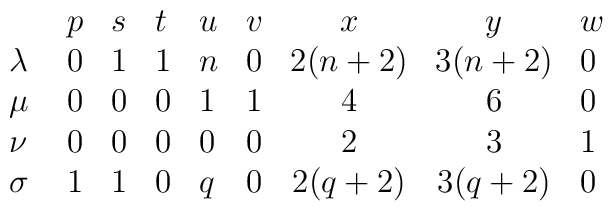
\begin{array}{llllllccl}           & p & s & t & u & v & x      & y      & w \\\lambda\   & 0 & 1 & 1 & n & 0 & 2(n+2) & 3(n+2) & 0 \\\mu\       & 0 & 0 & 0 & 1 & 1 & 4      &   6    & 0 \\\nu\       & 0 & 0 & 0 & 0 & 0 & 2      &   3    & 1 \\\sigma\    & 1 & 1 & 0 & q & 0 & 2(q+2) & 3(q+2) & 0 \\\end{array}